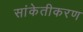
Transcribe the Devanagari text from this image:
सांकेतीकरण